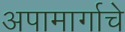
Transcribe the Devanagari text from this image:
अपामार्गाचे